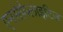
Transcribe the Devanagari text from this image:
एनसेफ़ैलाइटिज